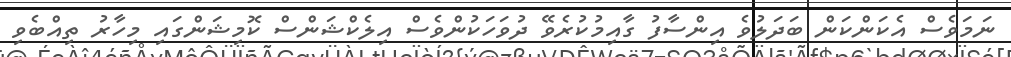
ނަމަވެސް އެކަންކަން ބަދަލުވެ އިންސާފު ގާއިމުކުރެވޭ ދުވަހަކުންވެސް އިލެކްޝަންސް ކޮމިޝަންގައި މިހާރު ތިއްބެވި